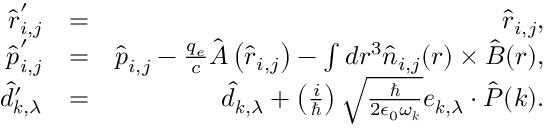
\begin{array} { r l r } { \hat { \boldsymbol r } _ { i , j } ^ { \prime } } & { = } & { \hat { \boldsymbol r } _ { i , j } , } \\ { \hat { \boldsymbol p } _ { i , j } ^ { \prime } } & { = } & { \hat { \boldsymbol p } _ { i , j } - \frac { q _ { e } } { c } \hat { \boldsymbol A } \left( \hat { \boldsymbol r } _ { i , j } \right) - \int d \boldsymbol r ^ { 3 } \hat { \boldsymbol n } _ { i , j } ( \boldsymbol r ) \times \hat { \boldsymbol B } ( \boldsymbol r ) , } \\ { \hat { d } _ { \boldsymbol k , \lambda } ^ { \prime } } & { = } & { \hat { d } _ { \boldsymbol k , \lambda } + \left( \frac { i } { \hbar } \right) \sqrt { \frac { \hbar } { 2 \epsilon _ { 0 } \omega _ { \boldsymbol k } } } { \boldsymbol e } _ { \boldsymbol k , \lambda } \cdot \hat { \boldsymbol P } ( \boldsymbol k ) . } \end{array}